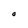
Character: O